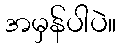
အမှန်ပါပဲ။